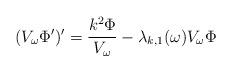
LaTeX: \begin{align*}(V_\omega \Phi')' = \frac{k^2 \Phi}{V_\omega} - \lambda_{k,1}(\omega) V_\omega \Phi\end{align*}